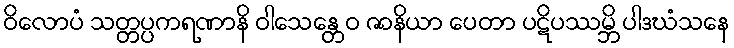
ဝိလောပံ သတ္တပ္ပကရဏာနိ ဝါသေန္တေဝ ဇာနိယာ ပေတာ ပဋိပဿမ္ဘိ ပါဒဃံသနေ